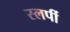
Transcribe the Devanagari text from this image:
स्लर्पी